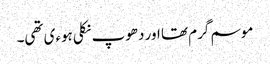
موسم گرم تھا اور دھوپ نکلی ہوءی تھی۔